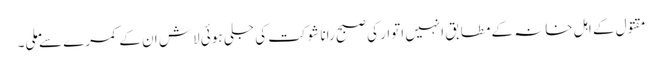
مقتول کے اہلِ خانہ کے مطابق انہیں اتوار کی صبح رانا شوکت کی جلی ہوئی لاش ان کے کمرے سے ملی۔